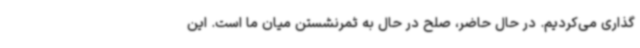
گذاری می‌کردیم. در حال حاضر، صلح در حال به ثمرنشستن میان ما است. این